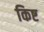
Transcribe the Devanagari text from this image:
किष्ट